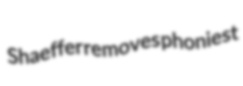
Shaeffer removes phoniest